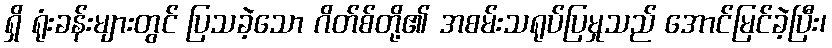
ရှိ ရုံးခန်းများတွင် ပြသခဲ့သော ဂိတ်စ်တို့၏ အစမ်းသရုပ်ပြမှုသည် အောင်မြင်ခဲ့ပြီး၊